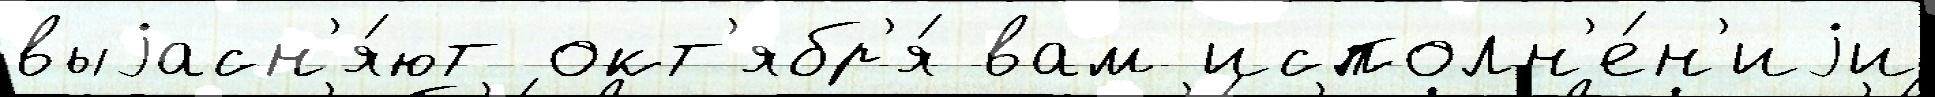
выjасн'я́ют окт'ябр'я́ вам исполн'е́н'иjи